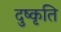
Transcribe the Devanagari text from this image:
दुष्कृति